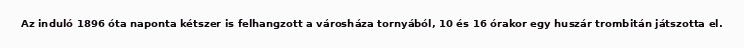
Az induló 1896 óta naponta kétszer is felhangzott a városháza tornyából, 10 és 16 órakor egy huszár trombitán játszotta el.